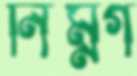
নিম্নগ